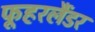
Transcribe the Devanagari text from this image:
फूहरलैंडर